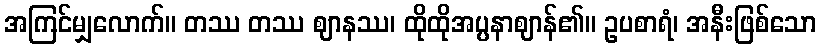
အကြင်မျှလောက်။ တဿ တဿ ဈာနဿ၊ ထိုထိုအပ္ပနာဈာန်၏။ ဥပစာရံ၊ အနီးဖြစ်သော